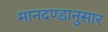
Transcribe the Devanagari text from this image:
मानदण्डानुसार